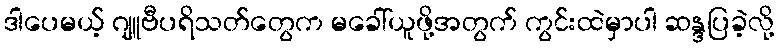
ဒါပေမယ့် ဂျူဗီပရိသတ်တွေက မခေါ်ယူဖို့အတွက် ကွင်းထဲမှာပါ ဆန္ဒပြခဲ့လို့